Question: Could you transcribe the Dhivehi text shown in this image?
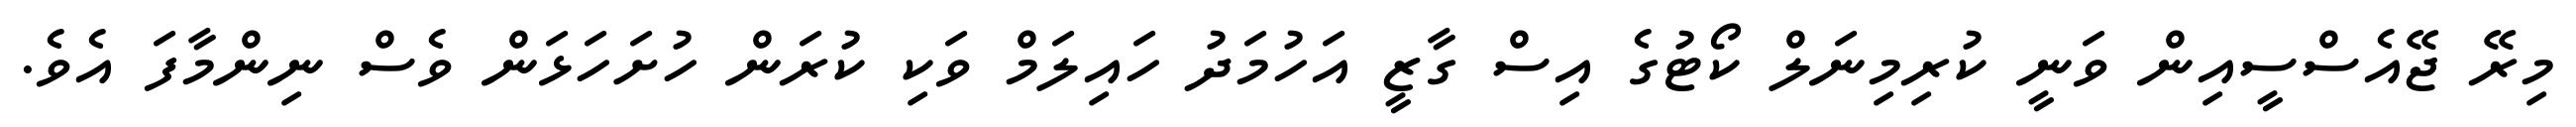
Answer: މިރޭ ޖޭއެސްސީއިން ވަނީ ކުރިމިނަލް ކޯޓުގެ އިސް ގާޒީ އަހުމަދު ހައިލަމް ވަކި ކުރަން ހުށަހަޅަން ވެސް ނިންމާފަ އެވެ.